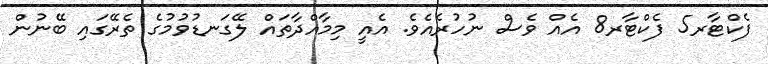
ފެކްޓާރ5 ފެކްޓާރ8 އެއް ވެސް ނުހުރެއެވެ. އެއީ މިމާއްދާތައް ލޭގަނޑުވުމުގެ ތެރޭގައި ބޭނުން